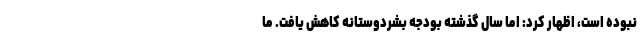
نبوده است، اظهار کرد: اما سال گذشته بودجه بشردوستانه کاهش یافت. ما